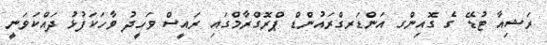
ރަޝިއާ ޓުޑޭ ގެ ގޮއިންގ އަންޑަރގްރައުންޑް ޕްރޮގްރާމްގައި ރައީސް ވަހީދު ވާހަކަފުޅު ދައްކަވަނީ